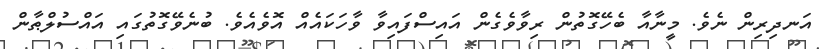
އަނދިރިން ނެވެ. މީނާއާ ބެހޭގޮތުން ރިވާވެގެން އައިސްފައިވާ ވާހަކައެއް އޮވެއެވެ. ބުނެވޭގޮތުގައި އައްސުލްޠާން